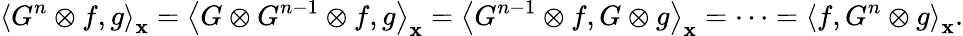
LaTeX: {\left\langle{{G^{n}}\otimes f,g}\right\rangle_{\mathbf{x}}}={\left\langle{G\otimes{G^{n-1}}\otimes f,g}\right\rangle_{\mathbf{x}}}={\left\langle{{G^{n-1}}\otimes f,G\otimes g}\right\rangle_{\mathbf{x}}}=\cdots={\left\langle{f,{G^{n}}\otimes g}\right\rangle_{\mathbf{x}}}.